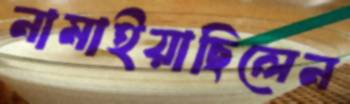
নামাইয়াছিলেন